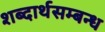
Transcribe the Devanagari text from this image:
शब्दार्थसम्बन्ध